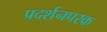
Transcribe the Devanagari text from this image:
प्रदर्शनपरक